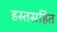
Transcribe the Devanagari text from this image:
हस्तसहित